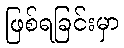
ဖြစ်ရခြင်းမှာ